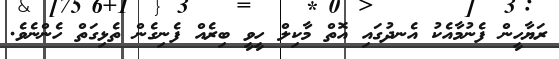
ރަޔާހީން ފެނުމާއެކު އެނދުގައި އޮތް މާކިލް ހީވީ ބިރެއް ފެނިގެން ތެޅިގަތް ހެންނެވެ.